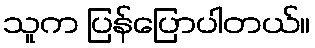
သူက ပြန်ပြောပါတယ်။